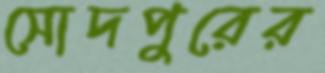
সোদপুরের